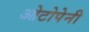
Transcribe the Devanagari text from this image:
ओटोपेनी